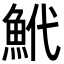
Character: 鮘